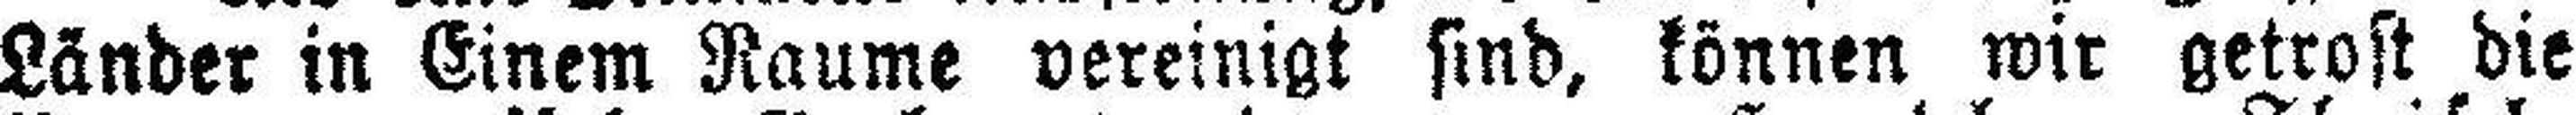
Länder in Einem Raume vereinigt sind, können wir getrost die